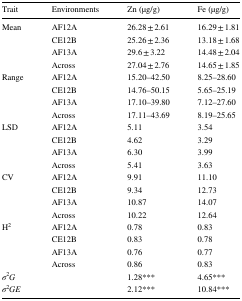
<table><thead><tr><td><b>Trait</b></td><td><b>Environments</b></td><td><b>Zn (μg/g)</b></td><td><b>Fe (μg/g)</b></td></tr></thead><tbody><tr><td rowspan="4">Mean</td><td>AF12A</td><td>26.28 ± 2.61</td><td>16.29 ± 1.81</td></tr><tr><td>CE12B</td><td>25.26 ± 2.36</td><td>13.18 ± 1.68</td></tr><tr><td>AF13A</td><td>29.6 ± 3.22</td><td>14.48 ± 2.04</td></tr><tr><td>Across</td><td>27.04 ± 2.76</td><td>14.65 ± 1.85</td></tr><tr><td rowspan="4">Range</td><td>AF12A</td><td>15.20–42.50</td><td>8.25–28.60</td></tr><tr><td>CE12B</td><td>14.76–50.15</td><td>5.65–25.19</td></tr><tr><td>AF13A</td><td>17.10–39.80</td><td>7.12–27.60</td></tr><tr><td>Across</td><td>17.11–43.69</td><td>8.19–25.65</td></tr><tr><td rowspan="4">LSD</td><td>AF12A</td><td>5.11</td><td>3.54</td></tr><tr><td>CE12B</td><td>4.62</td><td>3.29</td></tr><tr><td>AF13A</td><td>6.30</td><td>3.99</td></tr><tr><td>Across</td><td>5.41</td><td>3.63</td></tr><tr><td rowspan="4">CV</td><td>AF12A</td><td>9.91</td><td>11.10</td></tr><tr><td>CE12B</td><td>9.34</td><td>12.73</td></tr><tr><td>AF13A</td><td>10.87</td><td>14.07</td></tr><tr><td>Across</td><td>10.22</td><td>12.64</td></tr><tr><td rowspan="4">H<sup>2</sup></td><td>AF12A</td><td>0.78</td><td>0.83</td></tr><tr><td>CE12B</td><td>0.83</td><td>0.78</td></tr><tr><td>AF13A</td><td>0.76</td><td>0.77</td></tr><tr><td>Across</td><td>0.86</td><td>0.83</td></tr><tr><td><i>σ</i><sup>2</sup><i>G</i></td><td></td><td>1.28***</td><td>4.65***</td></tr><tr><td><i>σ</i><sup>2</sup><i>GE</i></td><td></td><td>2.12***</td><td>10.84***</td></tr></tbody></table>